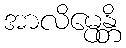
အာလိမ္ပေန္တိ